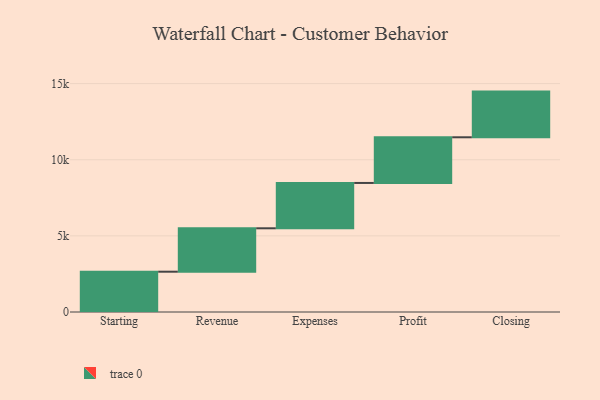
{"axis": {"x": "Step", "y": "Value"}, "legend": [""], "data": [{"x": "Starting", "y": 2647.0, "type": ""}, {"x": "Revenue", "y": 2851.0, "type": ""}, {"x": "Expenses", "y": 2978.0, "type": ""}, {"x": "Profit", "y": 3000, "type": ""}, {"x": "Closing", "y": 3000, "type": ""}]}